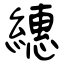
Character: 繐